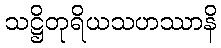
သဋ္ဌိတုရိယသဟဿာနိ